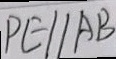
P E / / A B